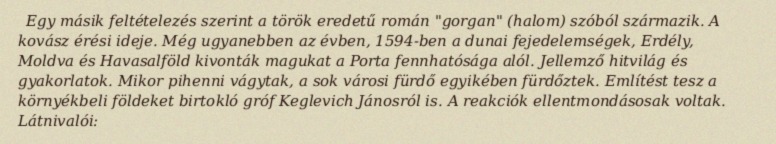
Egy másik feltételezés szerint a török eredetű román "gorgan" (halom) szóból származik. A kovász érési ideje. Még ugyanebben az évben, 1594-ben a dunai fejedelemségek, Erdély, Moldva és Havasalföld kivonták magukat a Porta fennhatósága alól. Jellemző hitvilág és gyakorlatok. Mikor pihenni vágytak, a sok városi fürdő egyikében fürdőztek. Említést tesz a környékbeli földeket birtokló gróf Keglevich Jánosról is. A reakciók ellentmondásosak voltak. Látnivalói: